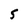
Character: S